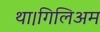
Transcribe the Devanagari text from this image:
था।गिलिअम